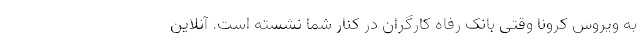
به ویروس کرونا وقتی بانک رفاه کارگران در کنار شما نشسته است. آنلاین